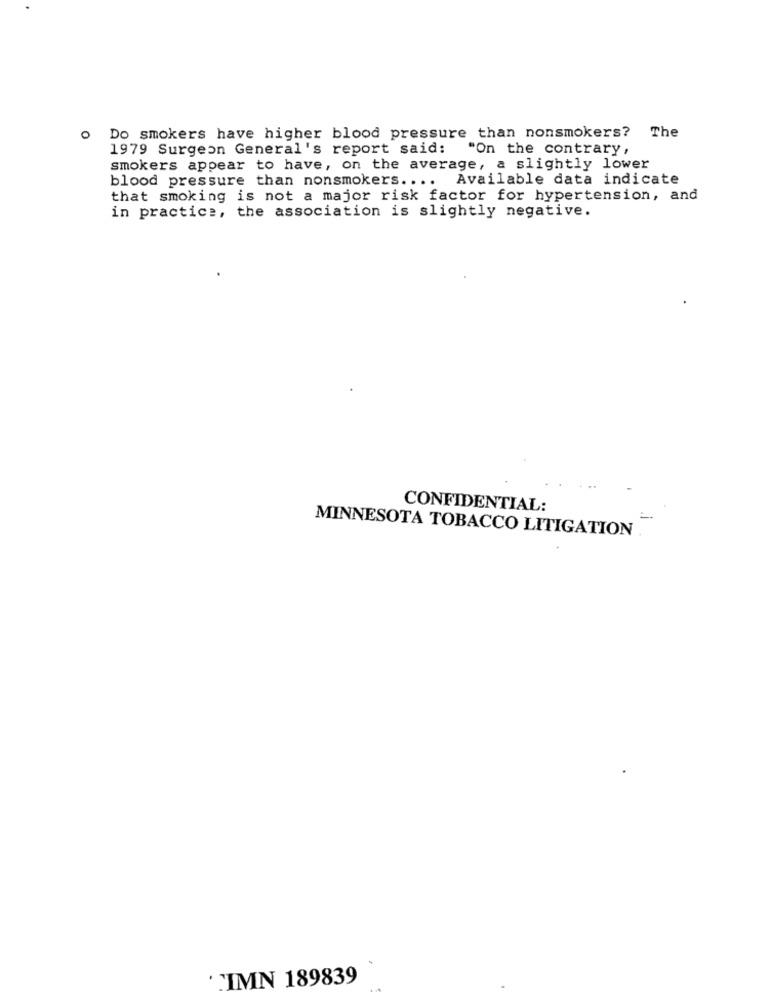
0
Do smokers have higher blood pressure than nonsmokers? The
1979 Surgeon General's report said: "On the contrary,
smokers appear to have, on the average, a slightly lower
blood pressure than nonsmokers ....
Available data indicate
that smoking is not a major risk factor for hypertension, and
in practice, the association is slightly negative.
CONFIDENTIAL:
MINNESOTA TOBACCO LITIGATION
"IMN 189839